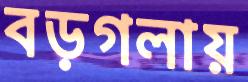
বড়গলায়